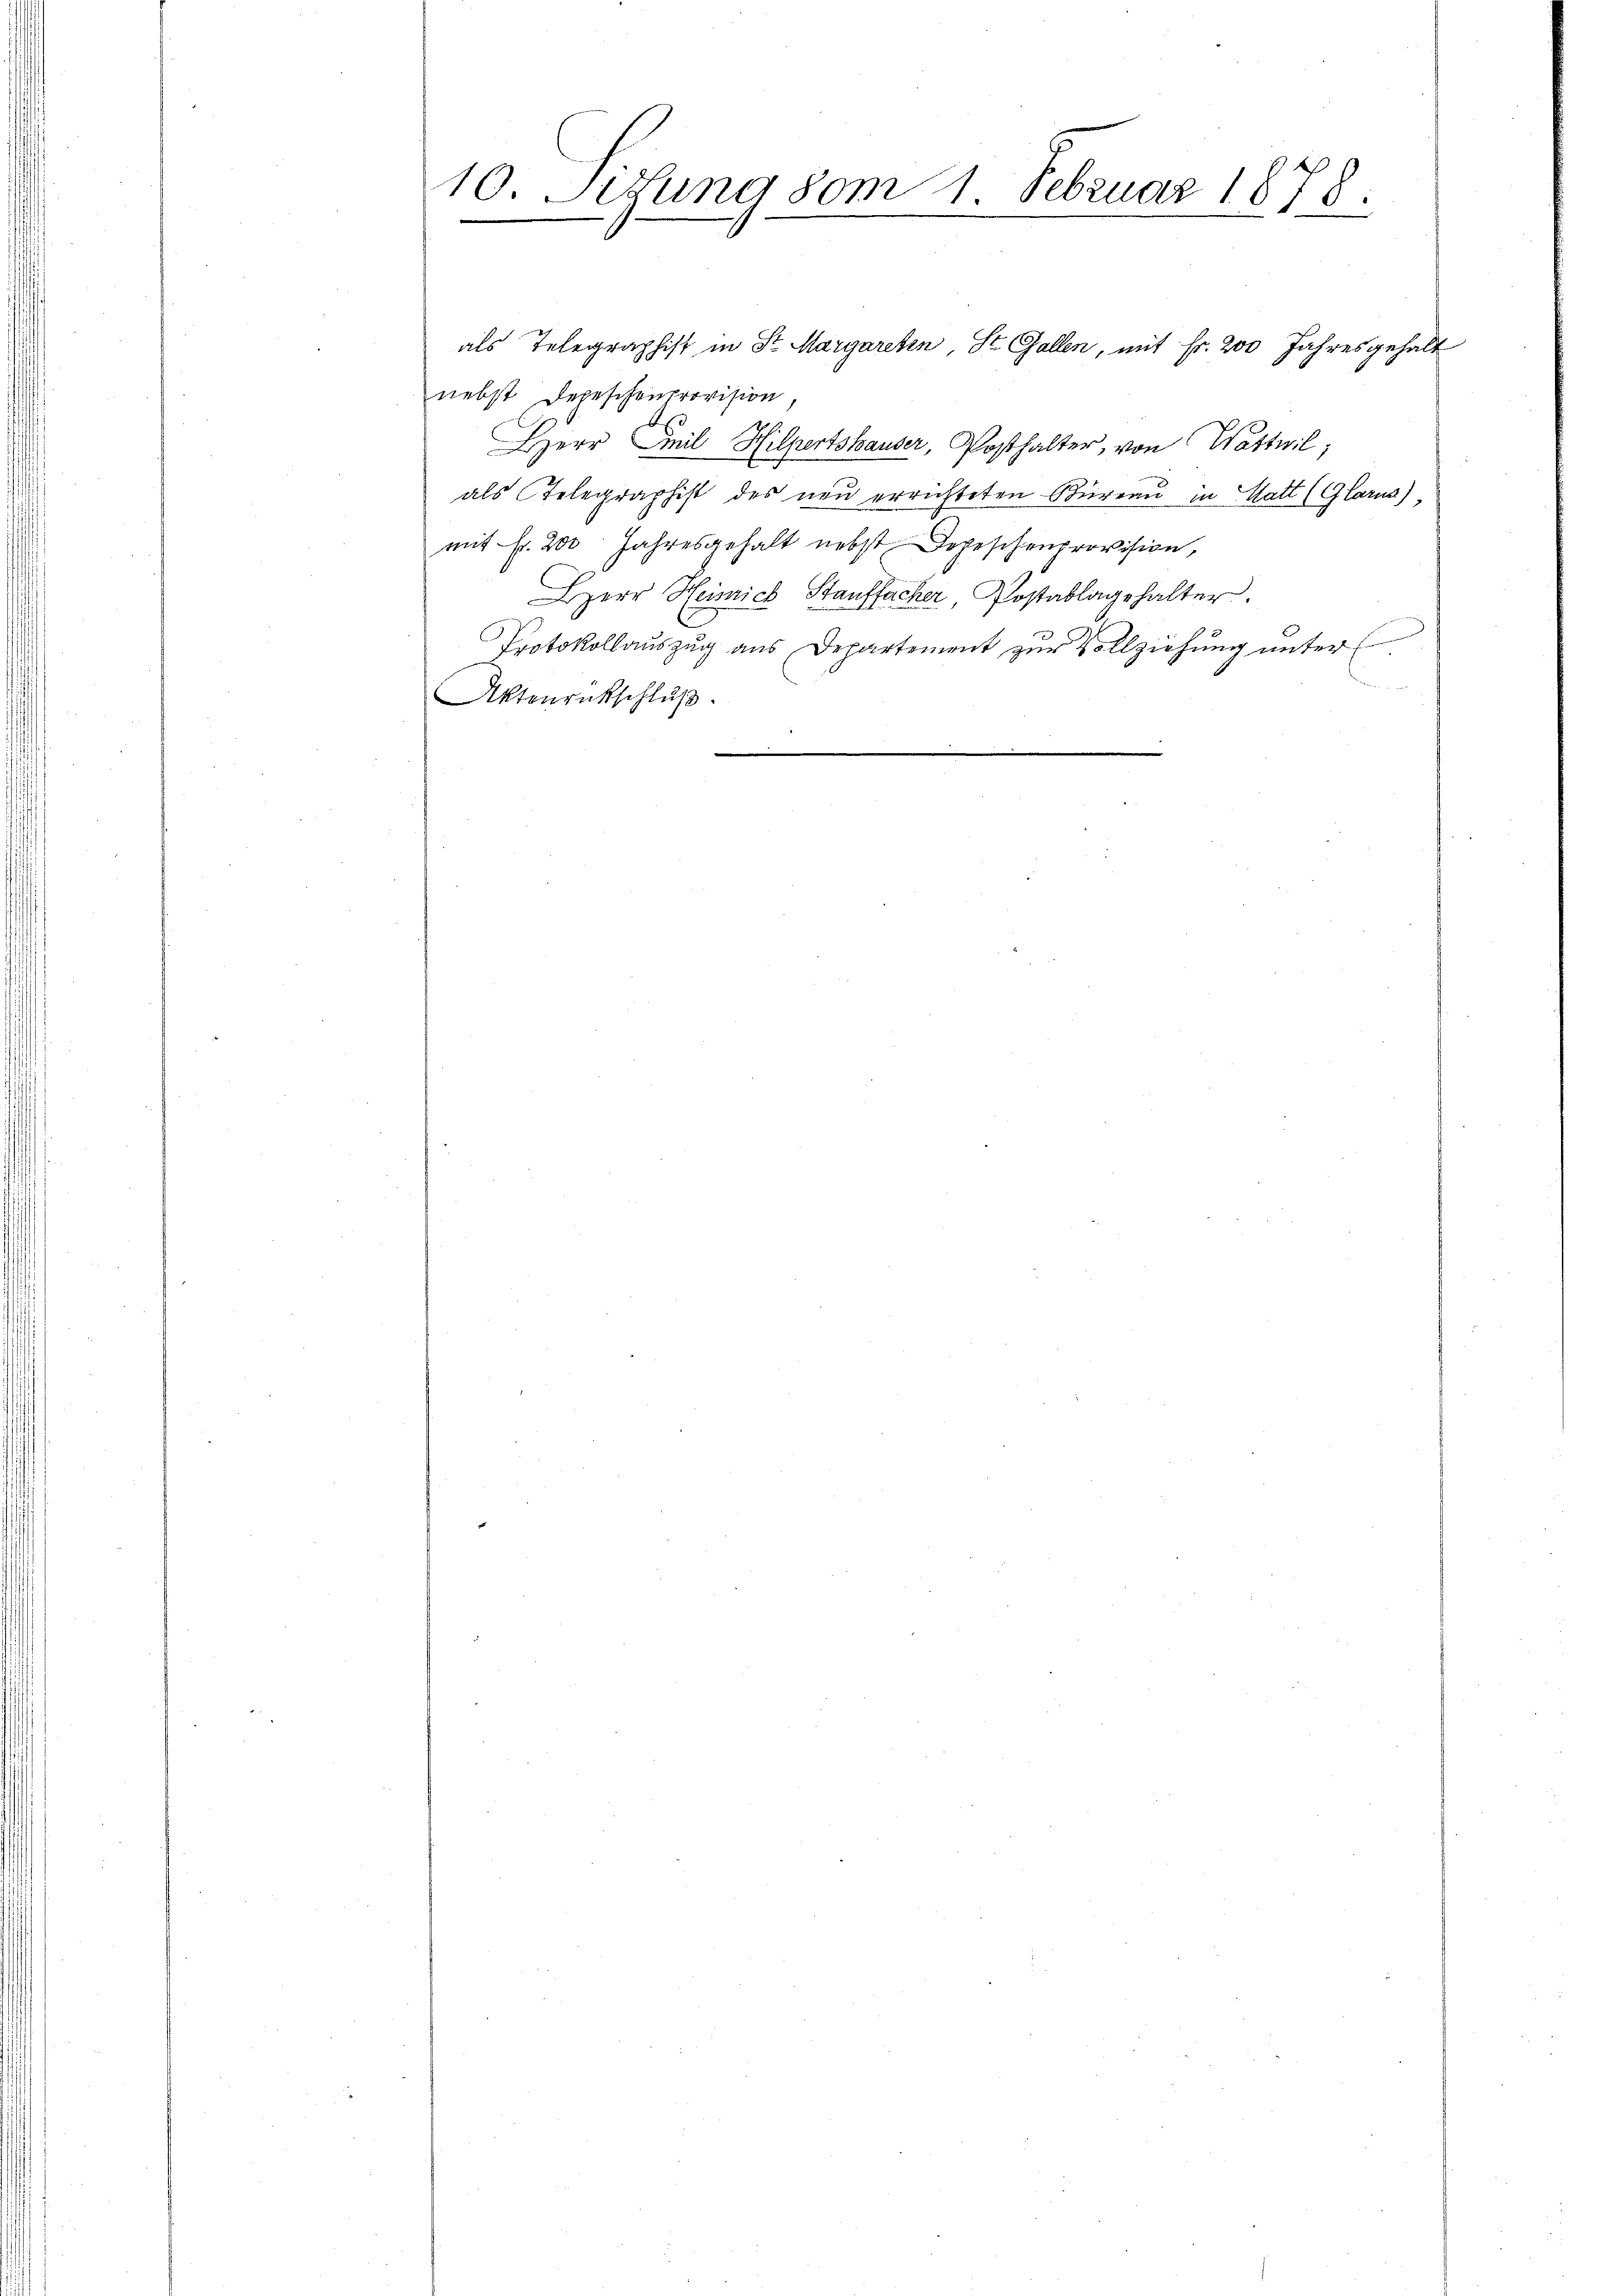
2
10. Situng vom 1. Februar 1870.

als Telegraphist in Sr. Margareten St. Gallen, mit fr. 200 Jahresgehalt
nebst Depeschenprovision
Herr Emil Hilpertshauser, Posthalter, von Wattwil
als Telegraphist des neu errichteten Büreau in Matt (Glarus),
mit Fr. 200 Jahresgehalt nebst Depeschenprovision,
HHerr Heinrich Stauffacher Postablagehalter.
Protokollauszug aus Departement zur Vollziehung unter.
Aktenrückschlŭβ
e
.